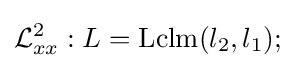
{\mathcal {L}}_{xx}^{2}:L=\operatorname {Lclm} (l_{2},l_{1});